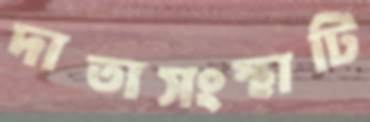
দাতাসংস্থাটি